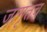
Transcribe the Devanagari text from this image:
जागृतच